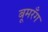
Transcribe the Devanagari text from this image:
बूमरँग